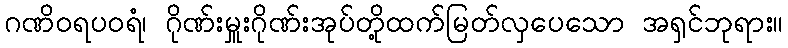
ဂဏိဝရပဝရံ၊ ဂိုဏ်းမှူးဂိုဏ်းအုပ်တို့ထက်မြတ်လှပေသော အရှင်ဘုရား။